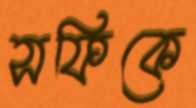
সফিকে